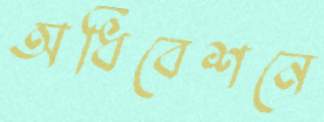
অধিবেশনে